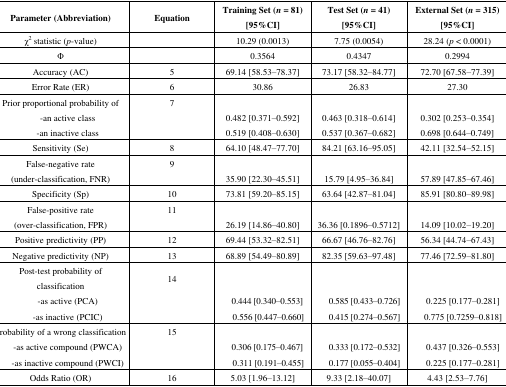
<table><thead><tr><td><b>Parameter (Abbreviation)</b></td><td><b>Equation</b></td><td><b>Training Set (<i>n</i> = 81) [95%CI]</b></td><td><b>Test Set (<i>n</i> = 41) [95%CI]</b></td><td><b>External Set (<i>n</i> = 315) [95%CI]</b></td></tr></thead><tbody><tr><td>χ<sup>2</sup> statistic (<i>p</i>-value)</td><td>[EMPTY_CELL]</td><td>10.29 (0.0013)</td><td>7.75 (0.0054)</td><td>28.24 (<i>p</i> &lt; 0.0001)</td></tr><tr><td>Φ</td><td>[EMPTY_CELL]</td><td>0.3564</td><td>0.4347</td><td>0.2994</td></tr><tr><td>Accuracy (AC)</td><td>5</td><td>69.14 [58.53–78.37]</td><td>73.17 [58.32–84.77]</td><td>72.70 [67.58–77.39]</td></tr><tr><td>Error Rate (ER)</td><td>6</td><td>30.86</td><td>26.83</td><td>27.30</td></tr><tr><td>Prior proportional probability of</td><td>7</td><td>[EMPTY_CELL]</td><td>[EMPTY_CELL]</td><td>[EMPTY_CELL]</td></tr><tr><td>-an active class</td><td>[EMPTY_CELL]</td><td>0.482 [0.371–0.592]</td><td>0.463 [0.318–0.614]</td><td>0.302 [0.253–0.354]</td></tr><tr><td>-an inactive class</td><td>[EMPTY_CELL]</td><td>0.519 [0.408–0.630]</td><td>0.537 [0.367–0.682]</td><td>0.698 [0.644–0.749]</td></tr><tr><td>Sensitivity (Se)</td><td>8</td><td>64.10 [48.47–77.70]</td><td>84.21 [63.16–95.05]</td><td>42.11 [32.54–52.15]</td></tr><tr><td rowspan="2">False-negative rate (under-classification, FNR)</td><td>9</td><td>[EMPTY_CELL]</td><td>[EMPTY_CELL]</td><td>[EMPTY_CELL]</td></tr><tr><td>[EMPTY_CELL]</td><td>35.90 [22.30–45.51]</td><td>15.79 [4.95–36.84]</td><td>57.89 [47.85–67.46]</td></tr><tr><td>Specificity (Sp)</td><td>10</td><td>73.81 [59.20–85.15]</td><td>63.64 [42.87–81.04]</td><td>85.91 [80.80–89.98]</td></tr><tr><td rowspan="2">False-positive rate (over-classification, FPR)</td><td>11</td><td>[EMPTY_CELL]</td><td>[EMPTY_CELL]</td><td>[EMPTY_CELL]</td></tr><tr><td>[EMPTY_CELL]</td><td>26.19 [14.86–40.80]</td><td>36.36 [0.1896–0.5712]</td><td>14.09 [10.02–19.20]</td></tr><tr><td>Positive predictivity (PP)</td><td>12</td><td>69.44 [53.32–82.51]</td><td>66.67 [46.76–82.76]</td><td>56.34 [44.74–67.43]</td></tr><tr><td>Negative predictivity (NP)</td><td>13</td><td>68.89 [54.49–80.89]</td><td>82.35 [59.63–97.48]</td><td>77.46 [72.59–81.80]</td></tr><tr><td>Post-test probability of classification</td><td>14</td><td>[EMPTY_CELL]</td><td>[EMPTY_CELL]</td><td>[EMPTY_CELL]</td></tr><tr><td>-as active (PCA)</td><td>[EMPTY_CELL]</td><td>0.444 [0.340–0.553]</td><td>0.585 [0.433–0.726]</td><td>0.225 [0.177–0.281]</td></tr><tr><td>-as inactive (PCIC)</td><td>[EMPTY_CELL]</td><td>0.556 [0.447–0.660]</td><td>0.415 [0.274–0.567]</td><td>0.775 [0.7259–0.818]</td></tr><tr><td>Probability of a wrong classification</td><td>15</td><td>[EMPTY_CELL]</td><td>[EMPTY_CELL]</td><td>[EMPTY_CELL]</td></tr><tr><td>-as active compound (PWCA)</td><td>[EMPTY_CELL]</td><td>0.306 [0.175–0.467]</td><td>0.333 [0.172–0.532]</td><td>0.437 [0.326–0.553]</td></tr><tr><td>-as inactive compound (PWCI)</td><td>[EMPTY_CELL]</td><td>0.311 [0.191–0.455]</td><td>0.177 [0.055–0.404]</td><td>0.225 [0.177–0.281]</td></tr><tr><td>Odds Ratio (OR)</td><td>16</td><td>5.03 [1.96–13.12]</td><td>9.33 [2.18–40.07]</td><td>4.43 [2.53–7.76]</td></tr></tbody></table>